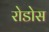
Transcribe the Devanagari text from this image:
रोडोस